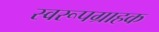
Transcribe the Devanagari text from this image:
स्वरूपग्राहक